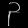
Digit: ၃